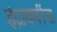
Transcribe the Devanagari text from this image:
इंद्रायणींना